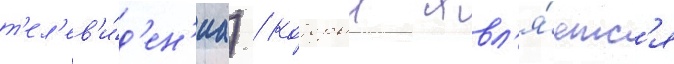
т'ел'ев'и́д'ен'иа) / которыи явл'я́етс'я